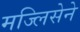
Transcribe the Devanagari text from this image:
मज्लिसेने